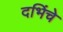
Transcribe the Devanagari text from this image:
दभिंचे